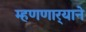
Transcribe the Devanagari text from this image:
म्हणणार्‍याने